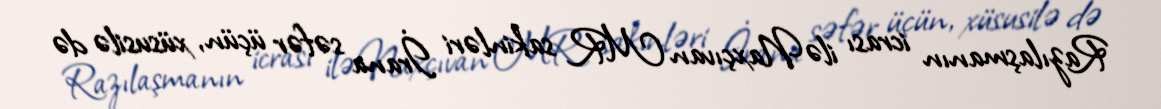
Razılaşmanın icrası ilə Naxçıvan MR sakinləri İrana səfər üçün, xüsusilə də